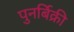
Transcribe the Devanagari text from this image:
पुनर्बिक्री